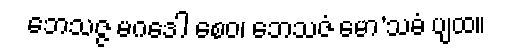
ဘေသဇ္ဇ မဂဒေါ စေဝ၊ ဘေသဇံ မော’သဓံ ပျထ။